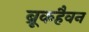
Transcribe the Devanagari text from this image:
ब्रूकहैवन